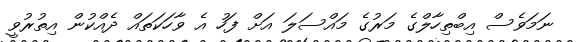
ނަމަވެސް އިބްތިހާލްގެ މަރުގެ މައްސަލަ އަށް ފަހު އެ ވާހަކަތައް ދެއްކުން އިތުރުވީ